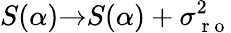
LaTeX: S(\alpha){\rightarrow}S(\alpha)+\sigma_{\mathrm{~r~o~}}^{2}